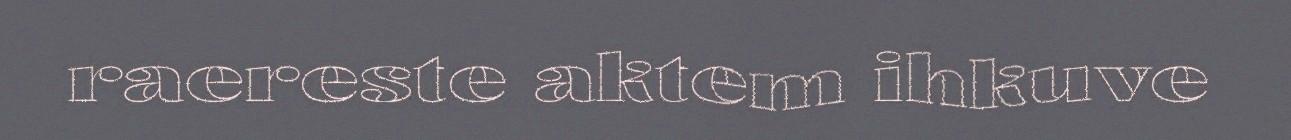
raereste aktem ihkuve